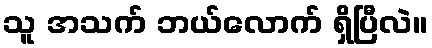
သူ အသက် ဘယ်လောက် ရှိပြီလဲ။